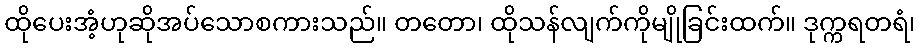
ထိုပေးအံ့ဟုဆိုအပ်သောစကားသည်။ တတော၊ ထိုသန်လျက်ကိုမျိုခြင်းထက်။ ဒုက္ကရတရံ၊